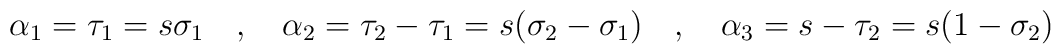
\alpha_{1} = \tau_{1} = s \sigma_{1}  \hspace{.4cm} , \hspace{.4cm} \alpha_{2} = \tau_{2} - \tau_{1}  = s (\sigma_{2} - \sigma_{1}) \hspace{.4cm} , \hspace{.4cm} \alpha_{3} = s - \tau_{2} = s (1 - \sigma_{2})